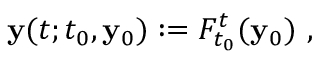
\begin{array} { r } { \mathbf { y } ( t ; t _ { 0 } , \mathbf { y } _ { 0 } ) : = F _ { t _ { 0 } } ^ { t } ( \mathbf { y } _ { 0 } ) ~ , } \end{array}